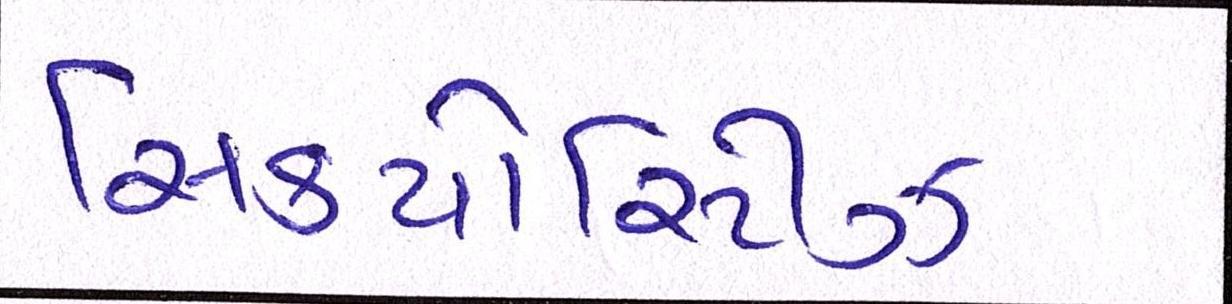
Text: સિક્યોરિટીઝ